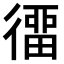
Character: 𢔲